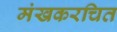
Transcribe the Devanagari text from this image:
मंखकरचित